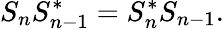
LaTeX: S_{n}S_{n-1}^{*}=S_{n}^{*}S_{n-1}.